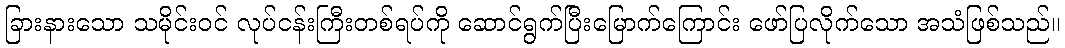
ခြားနားသော သမိုင်းဝင် လုပ်ငန်းကြီးတစ်ရပ်ကို ဆောင်ရွက်ပြီးမြောက်ကြောင်း ဖော်ပြလိုက်သော အသံဖြစ်သည်။